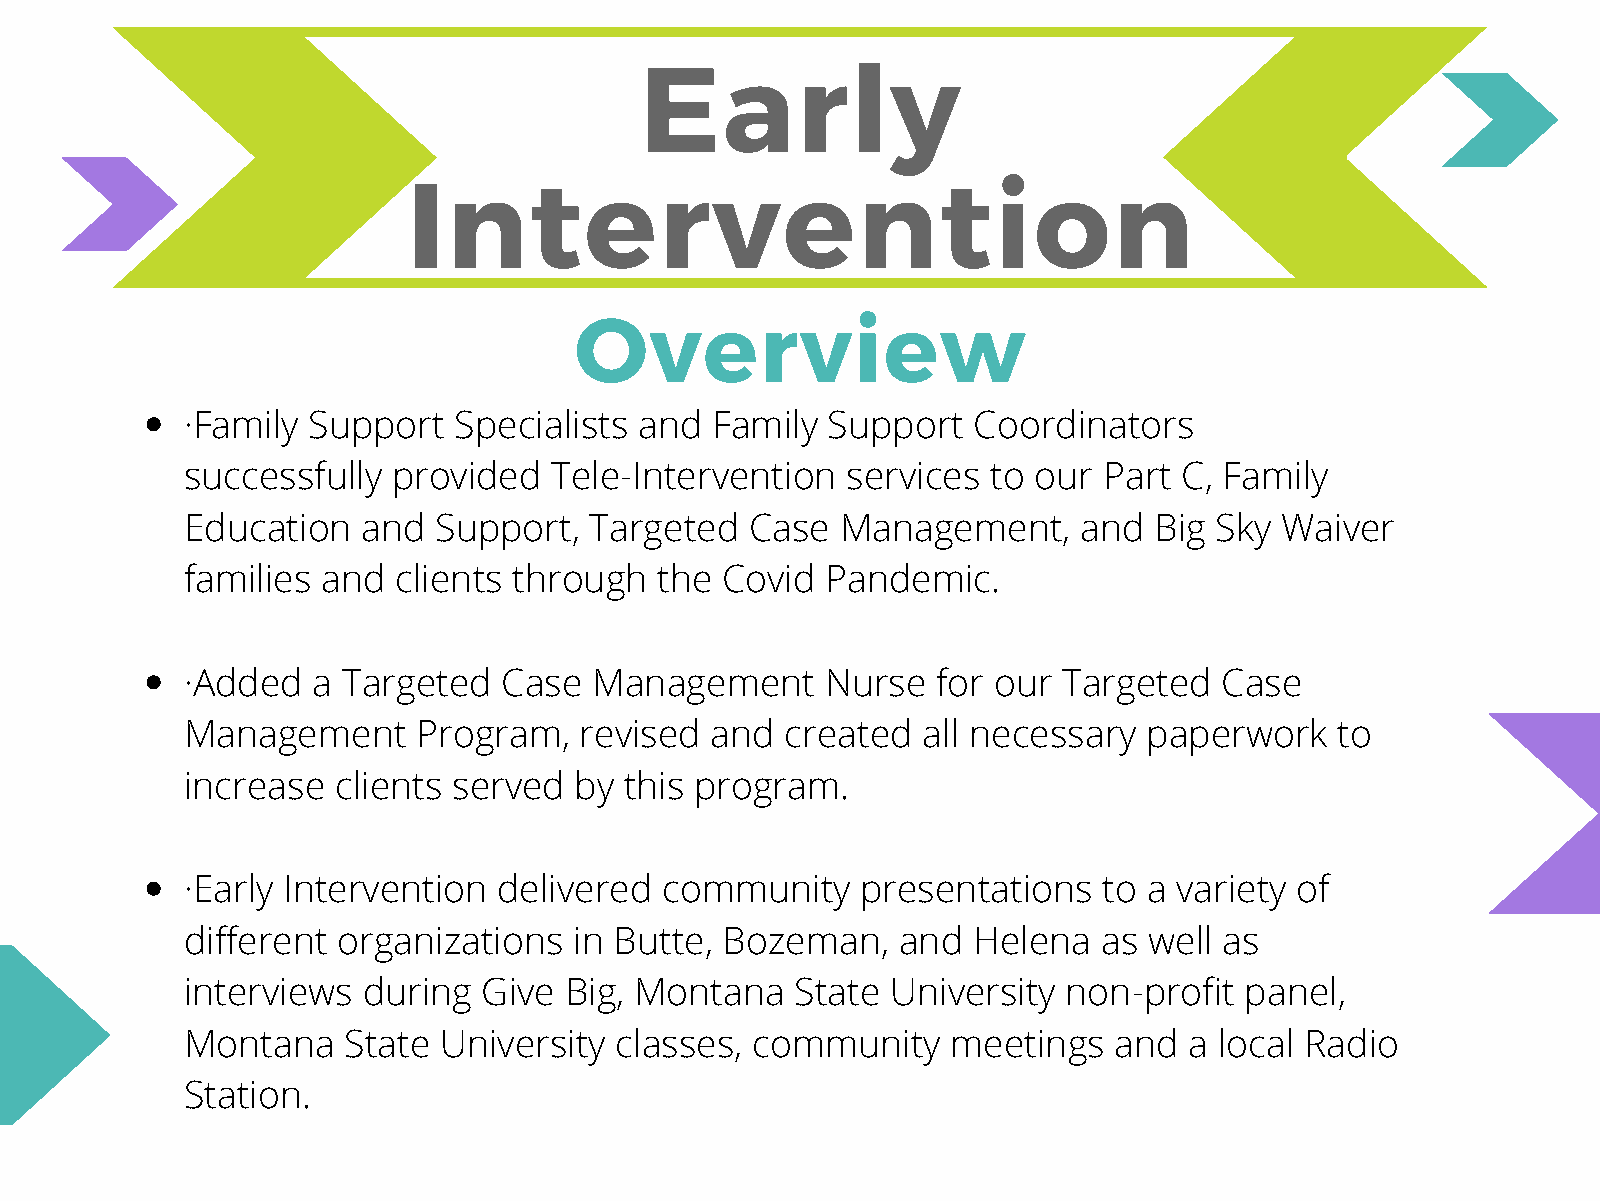
Early
 Intervention
 Overview
 ·Family Support   Specialists and  Family  Support  Coordinators
 successfully  provided  Tele-Intervention   services  to our Part C, Family
 Education   and  Support,  Targeted   Case  Management,     and Big Sky  Waiver
 families and  clients through  the  Covid  Pandemic.
 ·Added   a Targeted  Case  Management      Nurse  for our Targeted   Case
 Management      Program,  revised  and  created  all necessary  paperwork    to
 increase  clients served  by this program.
 ·Early Intervention  delivered  community    presentations   to a variety of
 different organizations   in Butte, Bozeman,   and  Helena   as well as
 interviews  during  Give Big, Montana    State University  non-profit panel,
 Montana    State University  classes, community    meetings   and  a local Radio
 Station.